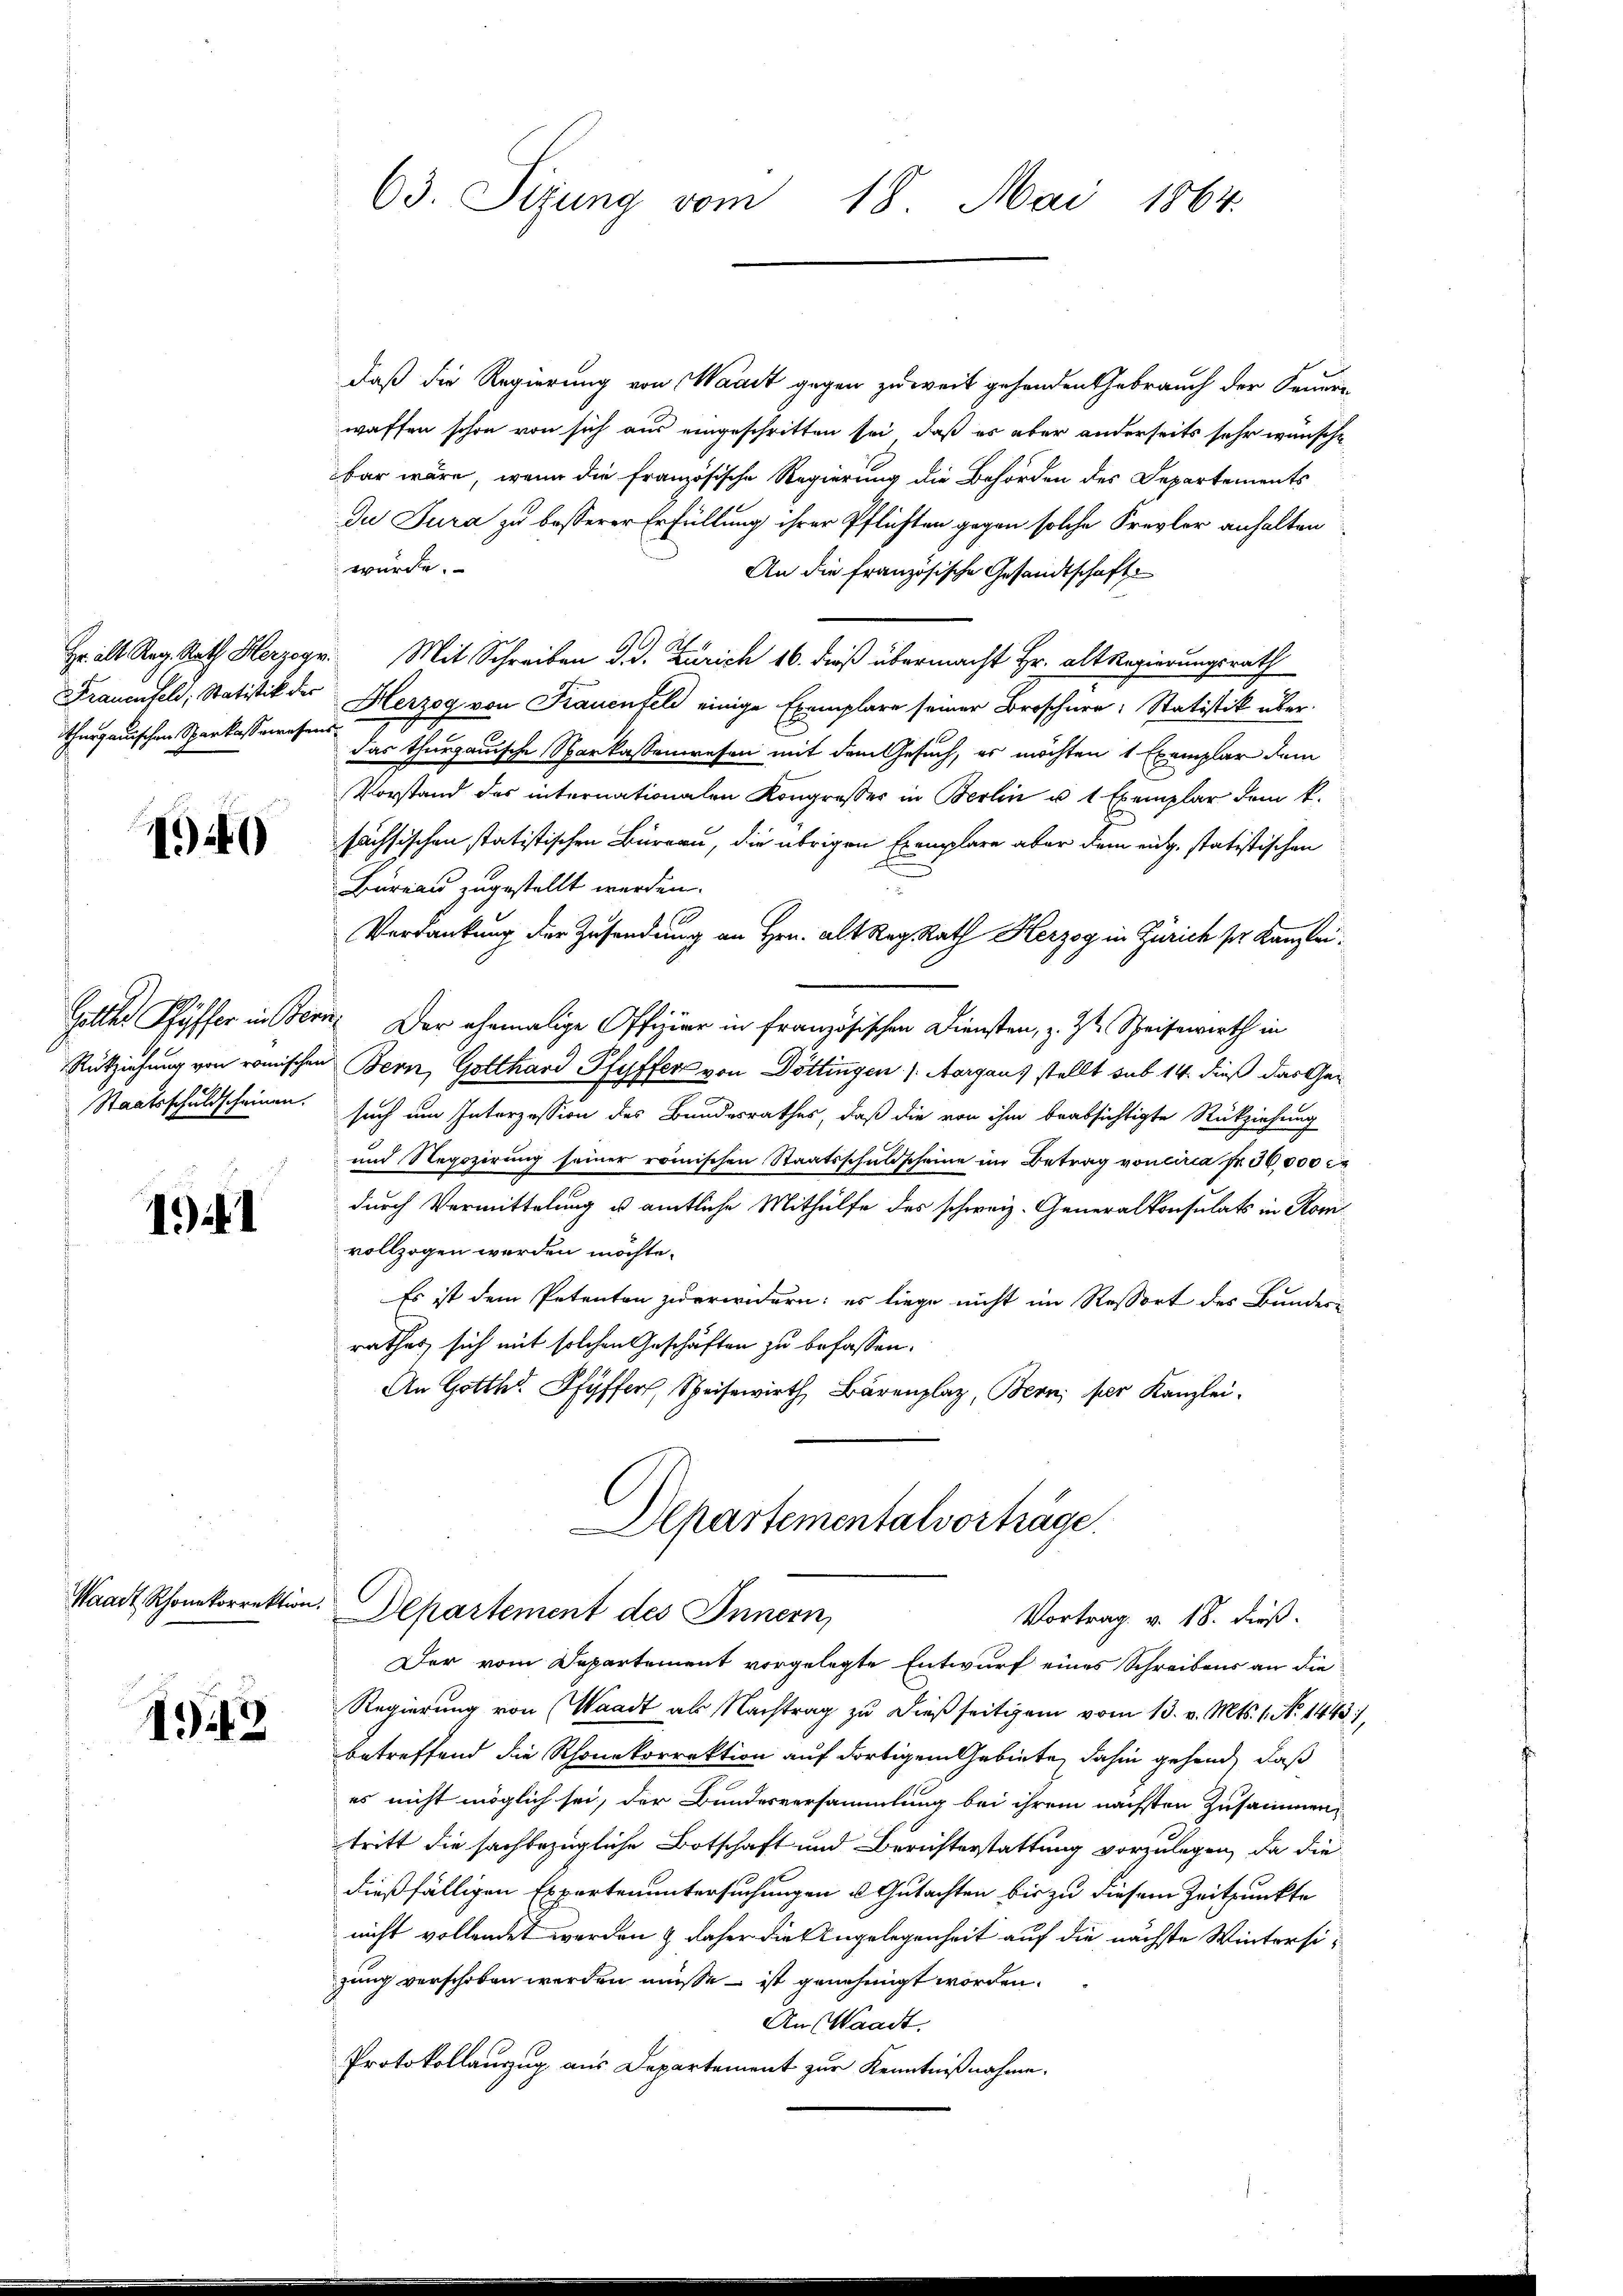
Frauenfeld, Statistik der

14)

Galles Pfäffer in Ste

14

Waadt Rhonekorrektion

4i3

63. Sizung vom 18. Mai 1864.

daß die Regierung von Waadt gegen zu weit gehenden Gebrauch der Fennen
waffen schon von sich aus eingeschritten sei, daß es aber anderseits sehr wünsche
bar wäre, wenn die französische Regierung die Behörden des Departements
Du Tura zu besserer Erfüllung ihrer Pflichten gegen solche Frevler anhalten
würde.
An die französische Gesandtschaft
Hr. alt Reg. Rath Herzogr. Mit Schreiben d. d. Zürich 16. dieß übermacht Hr. alt Regierungsrath
Herzog von Frauenfeld einige Exemplare seiner Broschüre: Statistik über-
.
thurgauischen Sparkasserenten das thurgauische Sparkassenwesen mit dem Gesuch, es möchten 1 Exemplar dem
Vorstand des internationalen Kongresser in Berlin u. 1 Exemplar dem k.
sächsischen statistischen Büreau, die übrigen Exemplare aber dem eidg. statistischen
Bureau zugestellt werden.
Verdankung der Zusendung an Hrn. alt Reg. Rath Herzog in Zürich per Kanzleiee. Der ehemalige Offizier in französischen Diensten, z. ist Speisewirth in
Rükziehung von römischen Bern, Gotthard Pfyffer von Döttingen / Aargaus stellt sub 14. dieß das Ge¬
Staatsschuldscheinen, such um Interzession des Bundesrathes, daß die von ihm beabsichtigte Rückziehung
und Regozirung seiner römischen Staatsschuldscheine im Betrag von circa Fr. 30,000 er
durch Vermittelung u. amtliche Mithülfe des schweiz. Generalkonsulats in Koni
vollzogen werden möchte.
Es ist dem Petenten zuerwidern: es liege nicht im Ressort des Bunder
rathes sich mit solchen Geschäften zu befassen.
An Gotth. Pfyffer, Speisewirth Bärenplaz, Bern per Kanzlei.
Alpartementalvorträge.
e
Departement des Innern,
Vortrag v. 18. dieß.
Der vom Departement vorgelegte Entwurf eines Schreibens an die
Regierung von Waadt als Nachtrag zu dießseitigem vom 13. v. Mts. 1. No 1443),
betreffend die Rhonekorrektion auf dortigem Gebiete dahin gehend, daß
es nicht möglich sei, der Bundesversammlung bei ihrem nächsten Zusammentritt die sachbezügliche Botschaft und Berichterstattung vorzulegen, da die
dießfälligen Expertenuntersuchungen & Gutachten bis zu diesem Zeitpunkte
nicht vollendet werden & daher die Angelegenheit auf die nächste Wintersizung verschoben werden müsse – ist genehmigt worden.
An Waadt.
Protokollanzug aus Departement zur Kenntnißnahme.